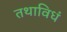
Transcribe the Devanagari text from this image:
तथाविधं